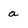
Character: a